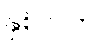
နှစ်လက်